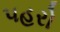
પહરો